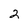
Character: 2